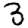
Digit: 3